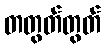
တတွတ်တွတ်